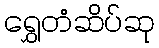
ရွှေတံဆိပ်ဆု